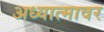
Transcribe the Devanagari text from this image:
अध्यात्मावर